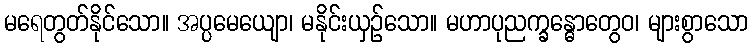
မရေတွတ်နိုင်သော။ အပ္ပမေယျော၊ မနိုင်းယှဉ်သော။ မဟာပုညက္ခန္ဓောတွေဝ၊ များစွာသော